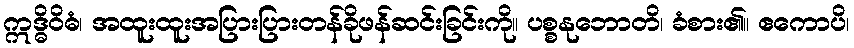
ဣဒ္ဓိဝိဓံ၊ အထူးထူးအပြားပြားတန်ခိုဖန်ဆင်းခြင်းကို။ ပစ္စနုဘောတိ၊ ခံစား၏။ ဧကောပိ၊